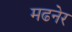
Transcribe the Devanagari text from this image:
मढनेर